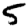
Digit: 5